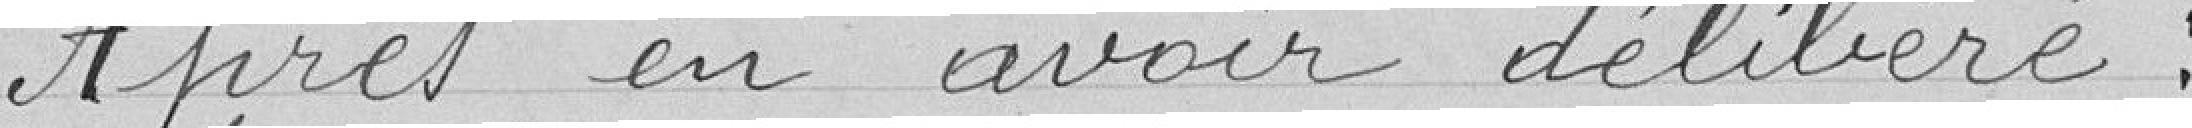
Après en avoir délibéré ,